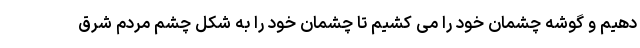
دهیم و گوشه چشمان خود را می کشیم تا چشمان خود را به شکل چشم مردم شرق